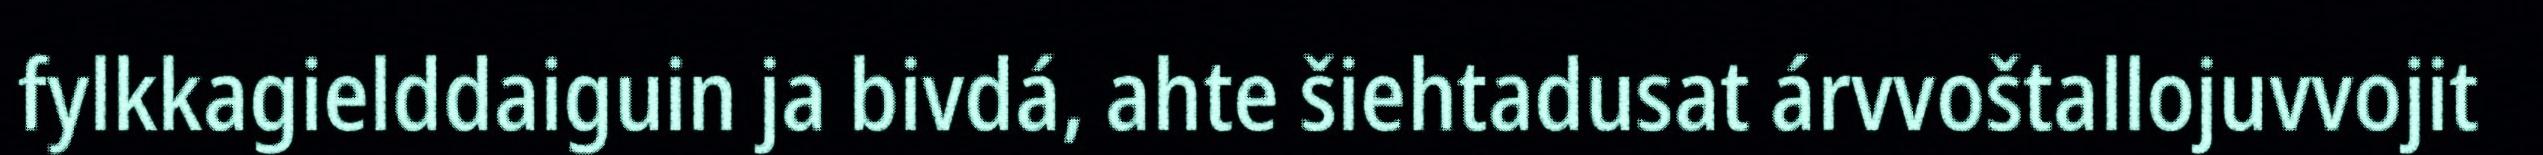
fylkkagielddaiguin ja bivdá, ahte šiehtadusat árvvoštallojuvvojit